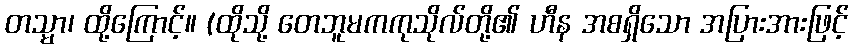
တသ္မာ၊ ထို့ကြောင့်။ (ထိုသို့ တေဘူမကကုသိုလ်တို့၏ ဟီန အစရှိသော အပြားအားဖြင့်